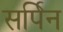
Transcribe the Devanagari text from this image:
सर्पिन